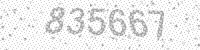
Solution: 835667